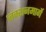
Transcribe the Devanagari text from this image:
जंक्शनमार्गे